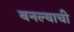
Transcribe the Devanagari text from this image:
बनल्याची